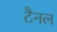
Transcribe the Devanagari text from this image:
टैनल